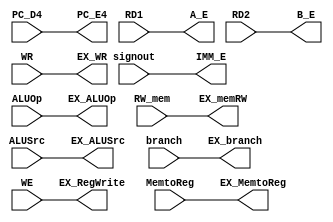
module ID_EX(PC_D4, RD1, RD2, signout, ALUSrc, ALUOp, branch, RW_mem, MemtoReg, WE, WR,   
PC_E4, A_E, B_E, IMM_E, EX_ALUSrc, EX_ALUOp, EX_branch, EX_memRW, EX_MemtoReg, EX_RegWrite, EX_WR);

    input [31:0] PC_D4;
    input [31:0] RD1;
    input [31:0] RD2;
    input [31:0] signout;
    input ALUSrc;
    input [1:0] ALUOp;
    input branch;
    input RW_mem;
    input MemtoReg;
    input WE;
    input [4:0] WR;

    output reg [31:0] PC_E4;
    output reg [31:0] A_E;
    output reg [31:0] B_E;
    output reg [31:0] IMM_E;
    output reg EX_ALUSrc;
    output reg [1:0] EX_ALUOp;
    output reg EX_branch;
    output reg EX_memRW;
    output reg EX_MemtoReg;
    output reg EX_RegWrite;
    output reg [4:0] EX_WR;
    



    always @(*) begin
        PC_E4 <= PC_D4;
        A_E <= RD1;
        B_E <= RD2;
        IMM_E <= signout;
        EX_ALUSrc <= ALUSrc;
        EX_ALUOp <= ALUOp;
        EX_branch <= branch;
        EX_memRW <= RW_mem;
        EX_MemtoReg <= MemtoReg;
        EX_RegWrite <= WE;
        EX_WR <= WR;
        $display("%2t: ID_EX", $time);
    end

// iverilog -o test Vr_inst_mem.v PipelinedCpu.v PipelinedCpu_tb.v Vr_register_file.v SignedExtension.v Vr_data_mem.v Control.v ALUcontrol.v mux.v ALU.v Shift.v ALU_ADD.v PC.v ADD_4.v ANDGATE.v IF_ID.v ID_EX.v EX_MEM.v MEM_WB.v
endmodule